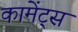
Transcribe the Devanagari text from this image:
कामेंट्स